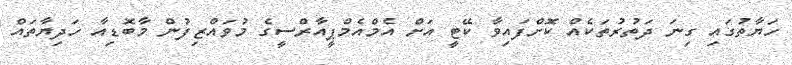
ހަޔާތުގައި ގިނަ ދަތުރުތަކެއް ކޮށްފައިވާ ކޭޓީ އަށް އެމްއެމްޕީއާރްސީގެ މުވައްޒިފުން މާބޮޑިއާ ހަދިޔާތައް